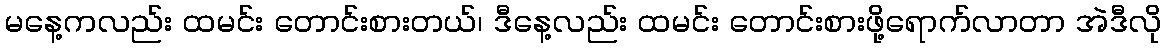
မနေ့ကလည်း ထမင်း တောင်းစားတယ်၊ ဒီနေ့လည်း ထမင်း တောင်းစားဖို့ရောက်လာတာ အဲဒီလို